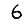
Digit: 6